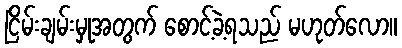
ငြိမ်းချမ်းမှုအတွက် စောင့်ခဲ့ရသည် မဟုတ်လော။